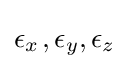
\epsilon _{x}\;\!,\epsilon _{y},\epsilon _{z}